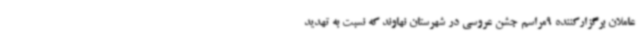
عاملان برگزارکننده 9مراسم جشن عروسی در شهرستان نهاوند که نسبت به تهدید